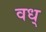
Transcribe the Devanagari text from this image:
वध्